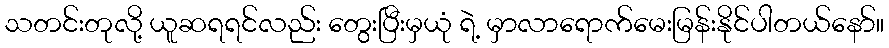
သတင်းတုလို့ ယူဆရရင်လည်း တွေးပြီးမှယုံ ရဲ့ မှာလာရောက်မေးမြန်းနိုင်ပါတယ်နော်။